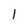
Character: l